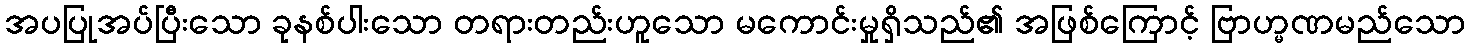
အပပြုအပ်ပြီးသော ခုနစ်ပါးသော တရားတည်းဟူသော မကောင်းမှုရှိသည်၏ အဖြစ်ကြောင့် ဗြာဟ္မဏမည်သော